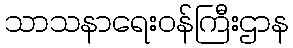
သာသနာရေးဝန်ကြီးဌာန